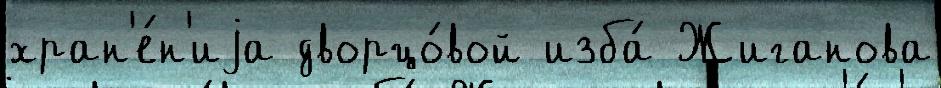
хран'е́н'иjа дворцо́вой изба́ Жиганова